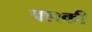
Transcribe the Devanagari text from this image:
फ्लकी